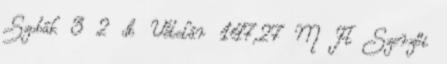
Szobák 3 2 db Vételár 147,27 M Ft Szerzői